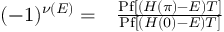
\begin{array} { r l } { ( - 1 ) ^ { \nu ( E ) } = } & { { } \frac { \mathrm { P f } [ ( H ( \pi ) - E ) T ] } { \mathrm { P f } [ ( H ( 0 ) - E ) T ] } } \end{array}